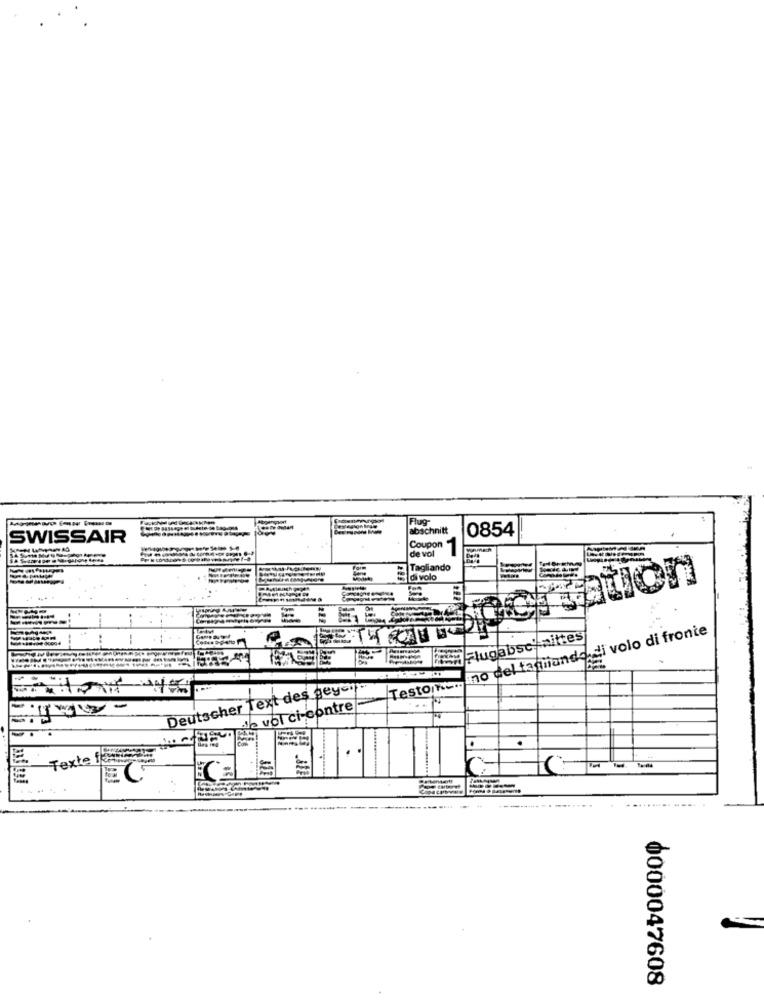
Flug
abschnitt
0854
SWISSAIR
Coupon
de vol
Tagliando
di volo
Pation
no del tagliando di volo di fronte
FFlugabse nittes
Deutscher Text des geycip
Testo-
-
mille vol ci-contre
..
Texte form
------
0000047608